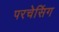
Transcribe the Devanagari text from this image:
परचेसिंग